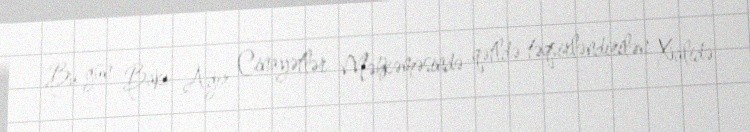
Bu gün Bakı Ağır Cinayətlər Məhkəməsində qətldə təqsirləndirilən Xalidə